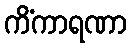
ကိံကာရဏာ